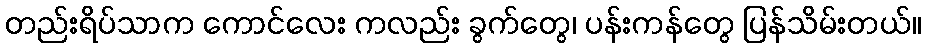
တည်းရိပ်သာက ကောင်လေး ကလည်း ခွက်တွေ၊ ပန်းကန်တွေ ပြန်သိမ်းတယ်။